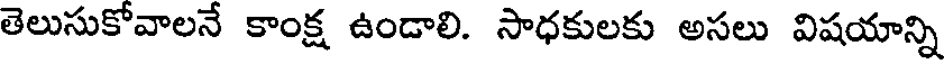
తెలుసుకోవాలనే కాంక్ష ఉండాలి. సాధకులకు అసలు విషయాన్ని